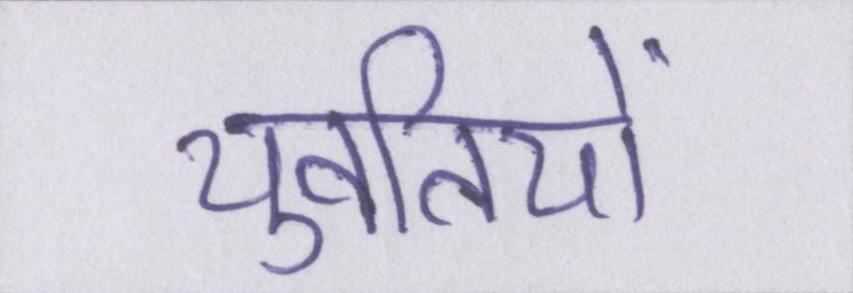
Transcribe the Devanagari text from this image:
युवतियों